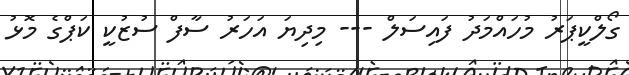
ގޯލްކީޕަރު މުހައްމަދު ފައިސަލް --- މިދިޔަ އަހަރު ސާފް ސުޒުކީ ކަޕްގެ މޮޅު